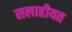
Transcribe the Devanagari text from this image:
सलाहीयत